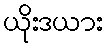
ယိုးဒယား